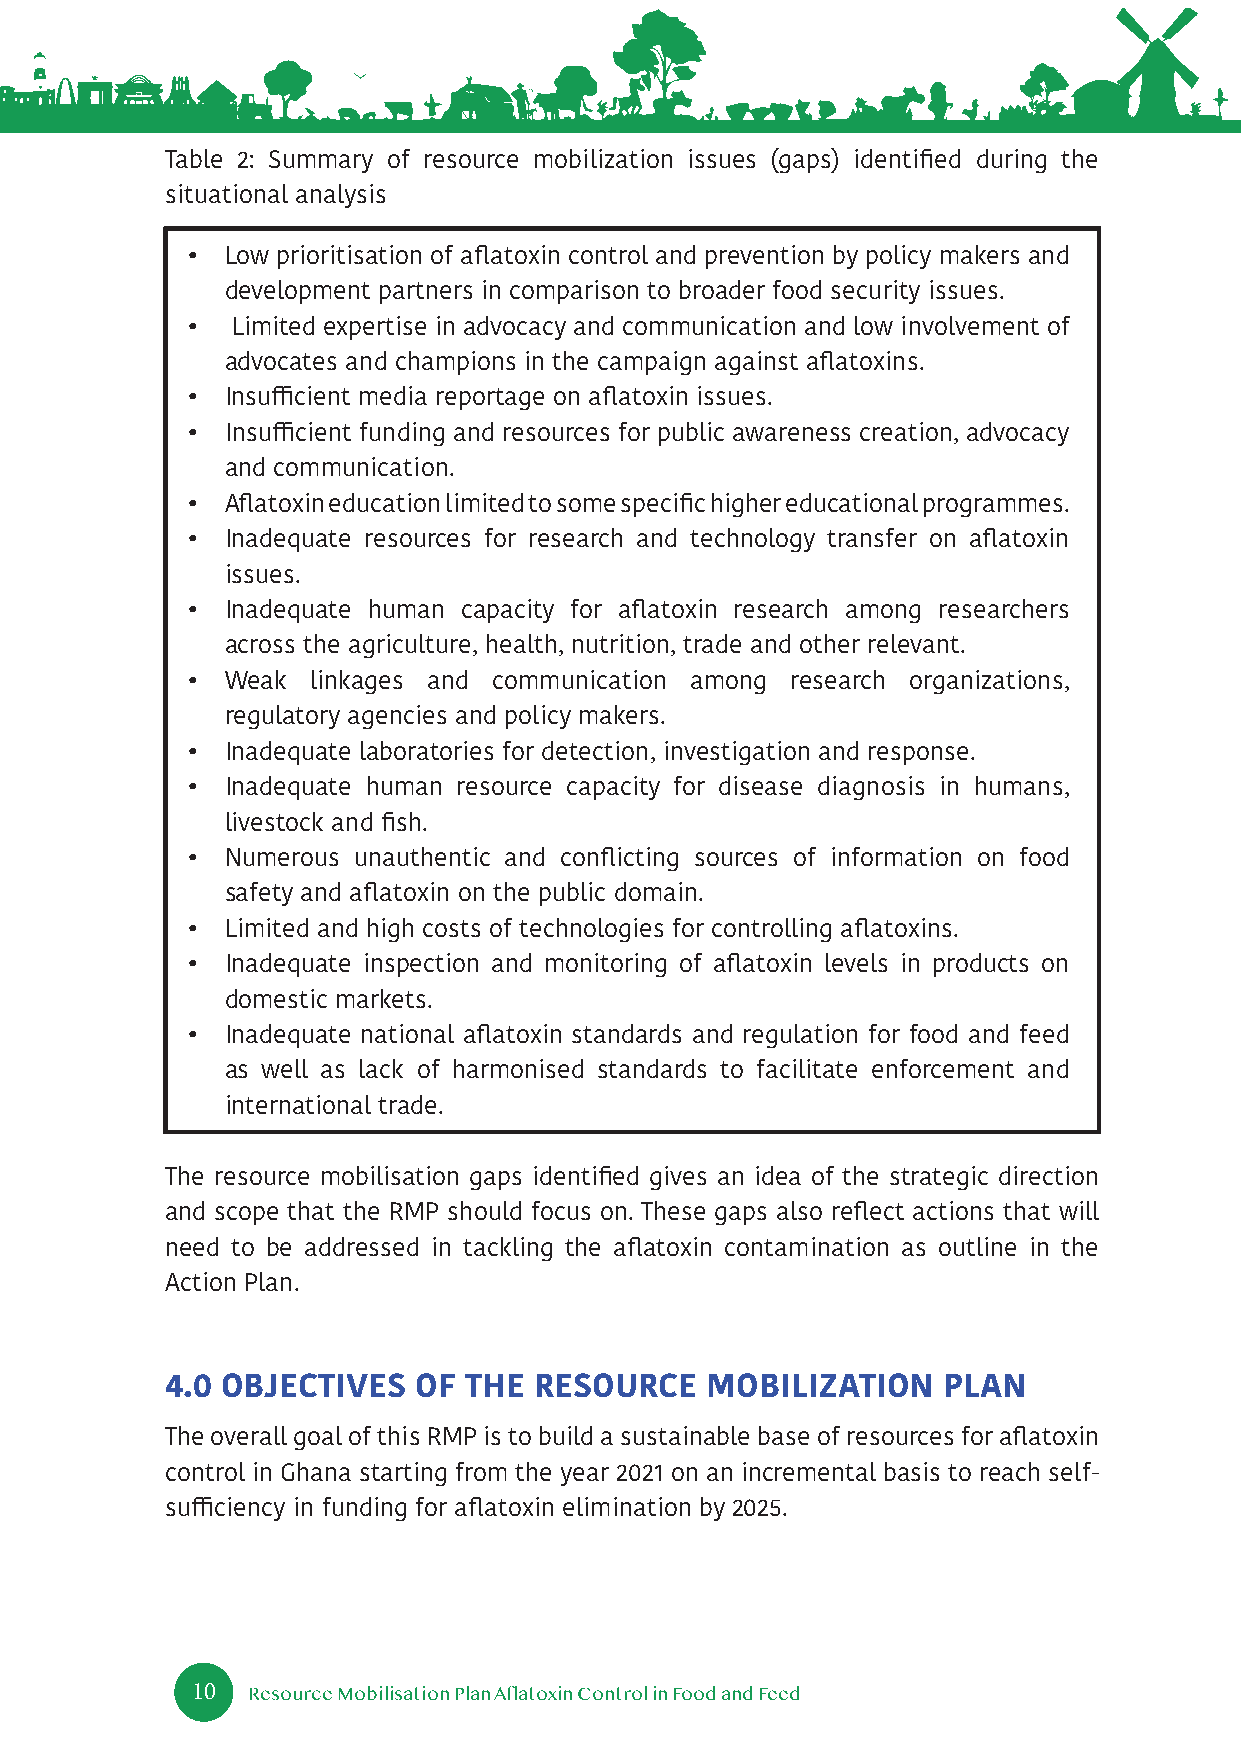
Table 2: Summary of resource mobilization issues (gaps) identified during the
 situational analysis
 •  Low prioritisation of aflatoxin control and prevention by policy makers and
 development partners in comparison to broader food security issues.
 •  Limited expertise in advocacy and communication and low involvement of
 advocates and champions in the campaign against aflatoxins.
 •  Insufficient media reportage on aflatoxin issues.
 •  Insufficient funding and resources for public awareness creation, advocacy
 and communication.
 •  Aflatoxin education limited to some specific higher educational programmes.
 •  Inadequate resources for research and technology transfer on aflatoxin
 issues.
 •  Inadequate human capacity for aflatoxin research among researchers
 across the agriculture, health, nutrition, trade and other relevant.
 •  Weak  linkages and communication among research organizations,
 regulatory agencies and policy makers.
 •  Inadequate laboratories for detection, investigation and response.
 •  Inadequate human resource capacity for disease diagnosis in humans,
 livestock and fish.
 •  Numerous unauthentic and conflicting sources of information on food
 safety and aflatoxin on the public domain.
 •  Limited and high costs of technologies for controlling aflatoxins.
 •  Inadequate inspection and monitoring of aflatoxin levels in products on
 domestic markets.
 •  Inadequate national aflatoxin standards and regulation for food and feed
 as well as lack of harmonised standards to facilitate enforcement and
 international trade.
 The resource mobilisation gaps identified gives an idea of the strategic direction
 and scope that the RMP should focus on. These gaps also reflect actions that will
 need to be addressed in tackling the aflatoxin contamination as outline in the
 Action Plan.
 4.0 OBJECTIVES  OF  THE RESOURCE    MOBILIZATION   PLAN
 The overall goal of this RMP is to build a sustainable base of resources for aflatoxin
 control in Ghana starting from the year 2021 on an incremental basis to reach self-
 sufficiency in funding for aflatoxin elimination by 2025.
 10
 Resource Mobilisation Plan Aflatoxin Control in Food and Feed